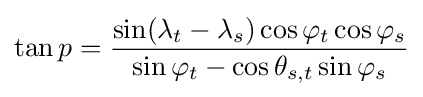
\tan p={\frac {\sin(\lambda _{t}-\lambda _{s})\cos \varphi _{t}\cos \varphi _{s}}{\sin \varphi _{t}-\cos \theta _{s,t}\sin \varphi _{s}}}